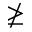
\ngeq